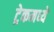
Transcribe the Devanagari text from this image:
ट्रेकमध्ये